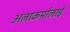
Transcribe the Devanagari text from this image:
अलाकर्मालाई